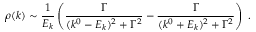
\rho ( k ) \sim { \frac { 1 } { E _ { k } } } \left( { \frac { \Gamma } { ( k ^ { 0 } - E _ { k } ) ^ { 2 } + \Gamma ^ { 2 } } } - { \frac { \Gamma } { ( k ^ { 0 } + E _ { k } ) ^ { 2 } + \Gamma ^ { 2 } } } \right) \; .